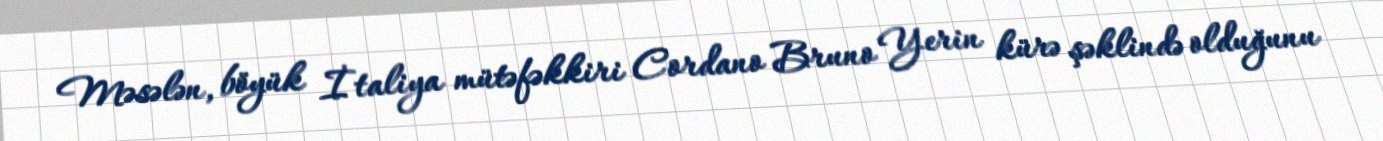
Məsələn, böyük İtaliya mütəfəkkiri Cordano Bruno Yerin kürə şəklində olduğunu